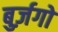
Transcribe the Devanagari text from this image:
बुर्ज़गो